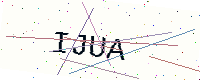
Text: IJUA